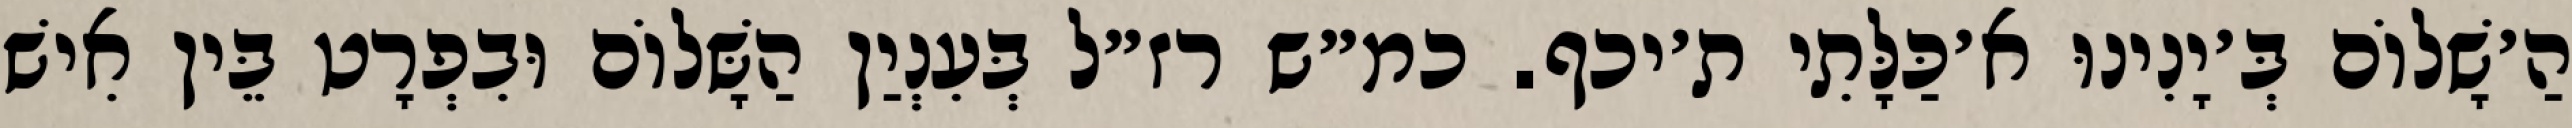
הַ׳שָׁלוֹם בְּ׳יָנִינוּ א׳כַּלָּתִי ת׳יכף. כמ״ש רז״ל בְּעִנְיַן הַשָּׁלוֹם וּבִפְרָט בֵּין אִישׁ